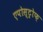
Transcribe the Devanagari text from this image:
एपोस्ट्रोफ़